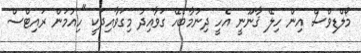
މޯލްޑިވްސް އިން ހިލޭ ޤާނޫނީ އެހީ ދިނުމާބެހޭ ގަވާއިދު މިގަވާއިދަކީ "ހިއުމަން ރައިޓްސް